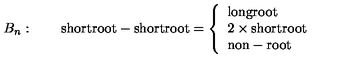
B _ { n } : \qquad \mathrm { s h o r t r o o t } - \mathrm { s h o r t r o o t } = \left\{ \begin{array} { l } { \mathrm { l o n g r o o t } } \\ { 2 \times \mathrm { s h o r t r o o t } } \\ { \mathrm { n o n - r o o t } } \\ \end{array} \right.